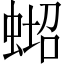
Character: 𱿪